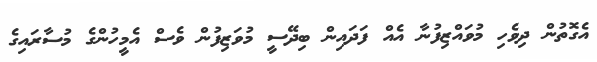
އެގޮތުން ދިވެހި މުވައްޒިފުނާ އެއް ފަދައިން ބިދޭސީ މުވަޒިފުން ވެސް އެމީހުންގެ މުސާރައިގެ